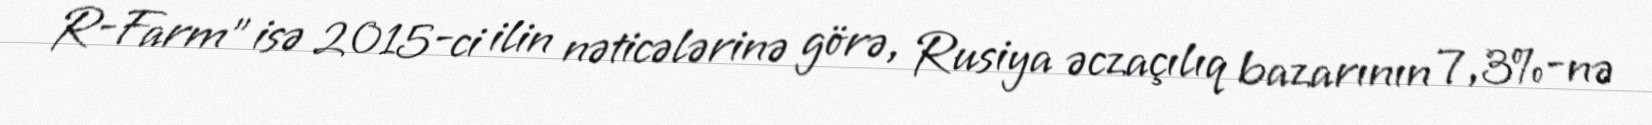
R-Farm" isə 2015-ci ilin nəticələrinə görə, Rusiya əczaçılıq bazarının 7,3%-nə